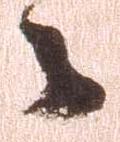
々